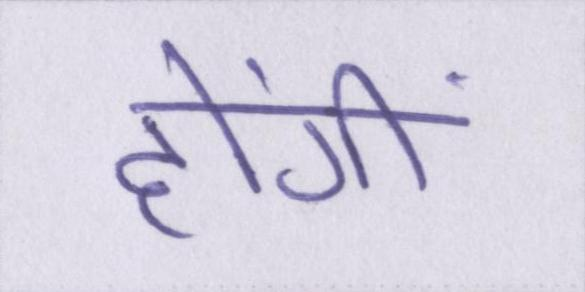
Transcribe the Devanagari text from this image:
होंगीं